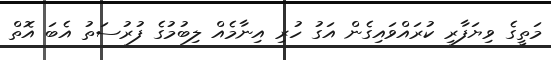
މަތީގެ ވިޔަފާރި ކުރައްވައިގެން އަގު ހުރި އިނާމެއް ލިބުމުގެ ފުރުސަތު އެބަ އޮތް